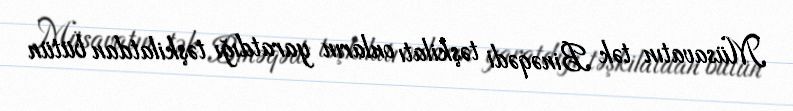
Müsavatın tək Binəqədi təşkilatı onların yaratdığı təşkilatdan bütün